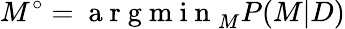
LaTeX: M^{\circ}=\mathrm{~a~r~g~m~i~n~}_{M}P(M|D)